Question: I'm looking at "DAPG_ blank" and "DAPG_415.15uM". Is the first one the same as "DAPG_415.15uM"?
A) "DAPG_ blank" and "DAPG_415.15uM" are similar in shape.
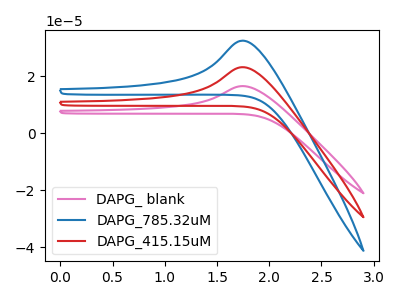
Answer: <think>The pink curve "DAPG_ blank" has an anodic peak at: (1.75V, 16.60uA). The blue curve "DAPG_785.32uM" has an anodic peak at: (1.75V, 46.50uA). The red curve "DAPG_415.15uM" has an anodic peak at: (1.75V, 23.25uA).
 All the peaks in "DAPG_ blank" have a peak in "DAPG_415.15uM" at the same potential. Every peak in "DAPG_ blank" is lower than every peak in "DAPG_415.15uM".</think>
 <answer>A) "DAPG_ blank" and "DAPG_415.15uM" are similar in shape.</answer>
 <eval>A</eval>